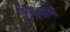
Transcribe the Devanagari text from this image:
तिथ्यांचे